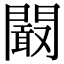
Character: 𮤜